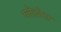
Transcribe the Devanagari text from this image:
प्लेठोरा